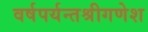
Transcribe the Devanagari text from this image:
वर्षपर्यन्तश्रीगणेश